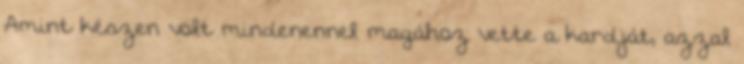
Amint készen volt mindenennel magához vette a kardját, azzal